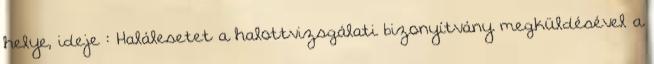
helye, ideje : Halálesetet a halottvizsgálati bizonyítvány megküldésével a